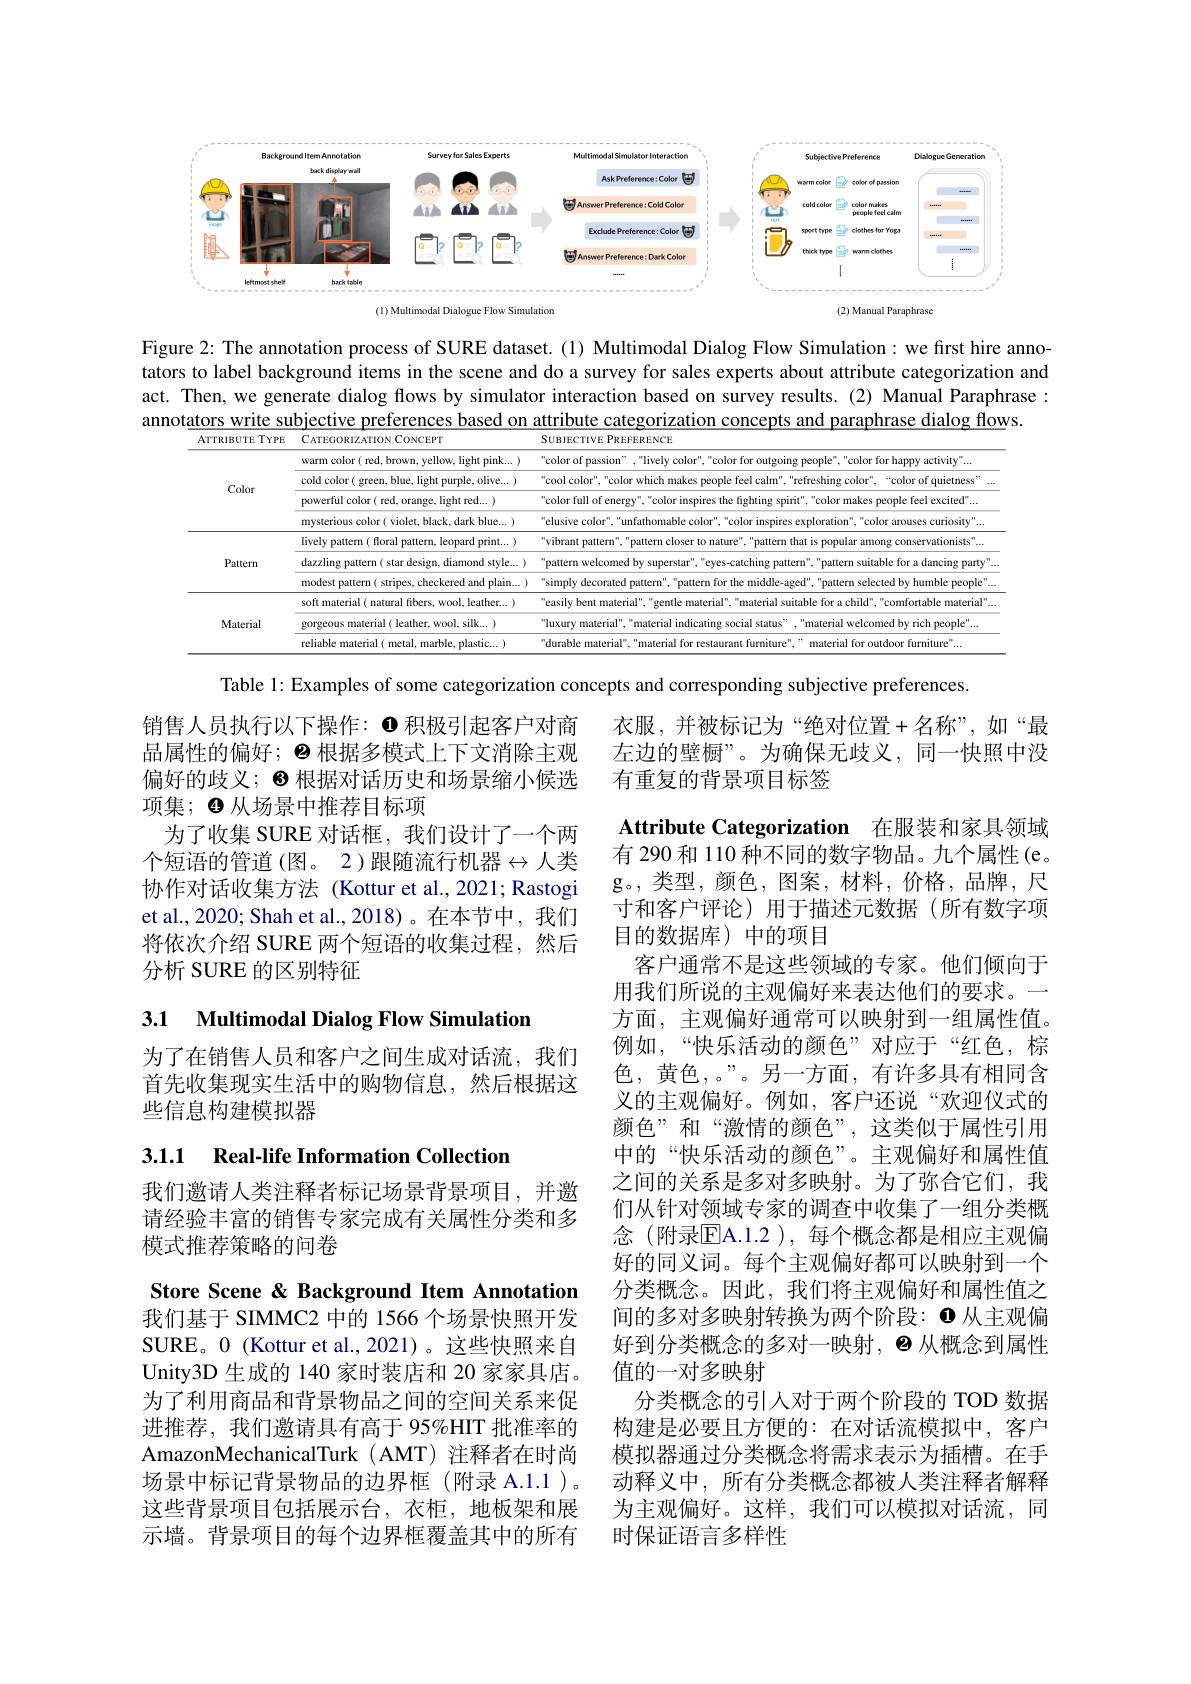
<FigureHere>

Figure 2: The annotation process of SURE dataset. (1) Multimodal Dialog Flow Simulation: we first hire annotators to label background items in the scene and do a survey for sales experts about attribute categorization and act. Then, we generate dialog flows by simulator interaction based on survey results.(2) Manual Paraphrase : annotators write subjective preferences based on attribute categorization concepts and paraphrase dialog flows

<FigureHere>

Table 1: Examples of some categorization concepts and corresponding subjective preferences

衣服，并被标记为“绝对位置+名称”,如“最左边的壁橱”。为确保无歧义，同一快照中没有重复的背景项目标签

Attribute Categorization 在服装和家具领域有 290 和 110 种不同的数字物品。九个属性 (e。

销售人员执行以下操作：$\bullet$积极引起客户对商品属性的偏好；$\Theta$根据多模式上下文消除主观偏好的歧义；$\Theta$根据对话历史和场景缩小候选项集；$\Theta$从场景中推荐目标项
为了收集 SURE 对话框，我们设计了一个两个短语的管道(图。2)跟随流行机器$\leftrightarrow$人类协作对话收集方法 (Kottur et al.,2021; Rastogi et al., 2020; Shah et al., 2018)。在本节中，我们将依次介绍 SURE 两个短语的收集过程，然后分析 SURE 的区别特征

3.1 Multimodal Dialog Flow Simulation

为了在销售人员和客户之间生成对话流，我们首先收集现实生活中的购物信息，然后根据这些信息构建模拟器

3.1.1 Real-life Information Collection

${\mathrm{g。,~类型，~}}$颜色，图案，材料，价格，品牌，尺寸和客户评论)用于描述元数据(所有数字项目的数据库)中的项目
客户通常不是这些领域的专家。他们倾向于用我们所说的主观偏好来表达他们的要求。一方面，主观偏好通常可以映射到一组属性值。例如，“快乐活动的颜色”对应于“红色，棕色，黄色，。”。另一方面，有许多具有相同含义的主观偏好。例如，客户还说“欢迎仪式的颜色”和“激情的颜色”,这类似于属性引用中的“快乐活动的颜色”。主观偏好和属性值之间的关系是多对多映射。为了弥合它们，我们从针对领域专家的调查中收集了一组分类概念(附录$\overline{\mathrm{E}}$A.1.2),每个概念都是相应主观偏好的同义词。每个主观偏好都可以映射到一个分类概念。因此，我们将主观偏好和属性值之间的多对多映射转换为两个阶段：$\bullet$从主观偏好到分类概念的多对一映射，$\bullet$从概念到属性值的一对多映射
分类概念的引人对于两个阶段的 TOD 数据构建是必要且方便的：在对话流模拟中，客户模拟器通过分类概念将需求表示为插槽。在手动释义中，所有分类概念都被人类注释者解释为主观偏好。这样，我们可以模拟对话流，同时保证语言多样性

我们邀请人类注释者标记场景背景项目，并邀请经验丰富的销售专家完成有关属性分类和多模式推荐策略的问卷

Store Scene & Background Item Annotation 我们基于 SIMMC2 中的 1566 个场景快照开发SURE。0(Kottur et al., 2021)。这些快照来自Unity3D 生成的 140 家时装店和 20 家家具店。为了利用商品和背景物品之间的空间关系来促进推荐，我们邀请具有高于 95%HIT 批准率的AmazonMechanicalTurk ( AMT) 注释者在时尚场景中标记背景物品的边界框(附录 A.1.1)。这些背景项目包括展示台，衣柜，地板架和展示墙。背景项目的每个边界框覆盖其中的所有